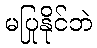
မပြုနိုင်ဘဲ